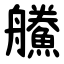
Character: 䲍